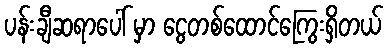
ပန်းချီဆရာပေါ် မှာ ငွေတစ်ထောင်ကြွေးရှိတယ်